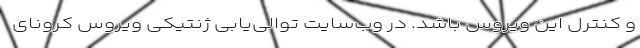
و کنترل این ویروس باشد. در وب‌سایت توالی‌یابی ژنتیکی ویروس کرونای